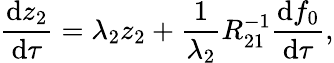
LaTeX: \frac{\mathrm{d}z_{2}}{\mathrm{d}\tau}=\lambda_{2}z_{2}+\frac{1}{\lambda_{2}}R_{21}^{-1}\frac{\mathrm{d}f_{0}}{\mathrm{d}\tau},